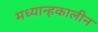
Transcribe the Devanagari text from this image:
मध्यान्हकालीन